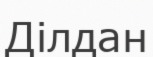
Ділдан